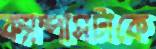
ক্যাম্পাসটাকে